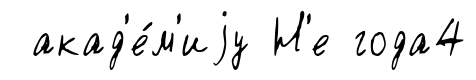
акад'е́м'иjу Н'е года4